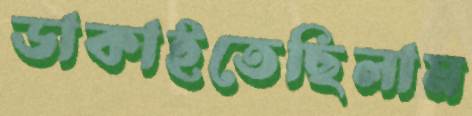
ডাকাইতেছিলাম